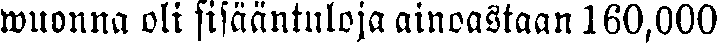
wuonna oli sisääntuloja ainoastaan 160,000